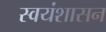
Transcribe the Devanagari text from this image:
स्वयंशासन